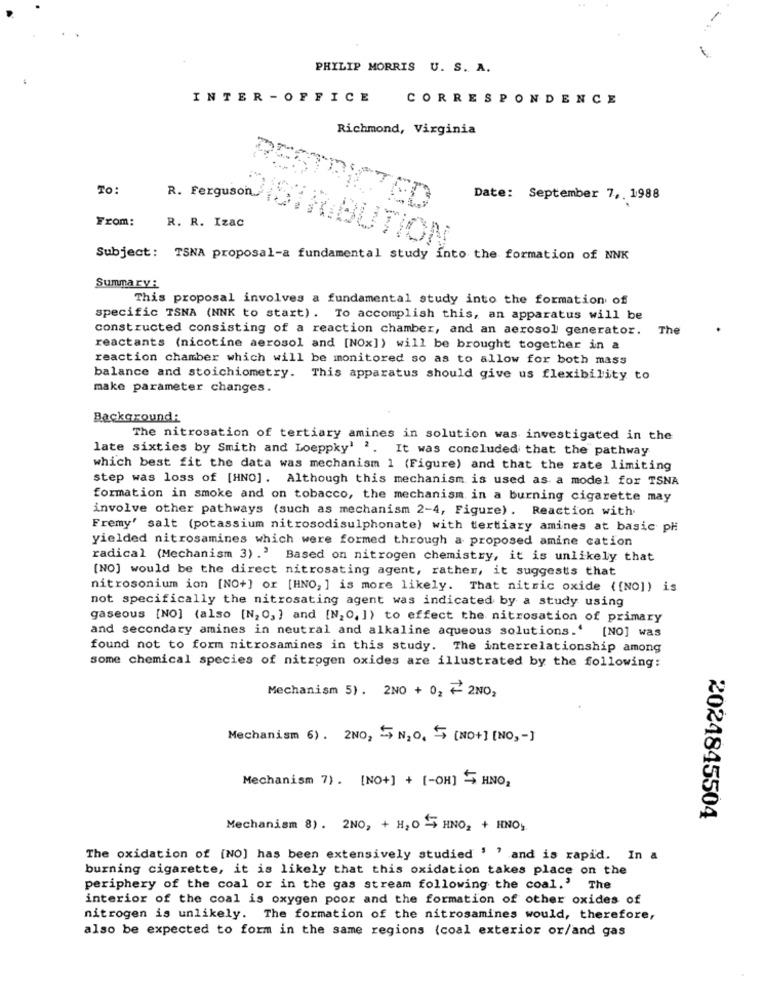
PHILIP MORRIS U. S. A.
INTER -OFFICE
CORRESPONDENCE
Richmond, Virginia
To:
Date: September 7 ,. 1988
RESTRICTED
From:
R. R. Izac
R. ferguson STRIBUTION
Subject: TSNA proposal-a fundamental study into the formation of NNK
Summary:
This proposal involves a fundamental study into the formation of
specific TSNA (NNK to start). To accomplish this, an apparatus will be
constructed consisting of a reaction chamber, and an aerosol generator. The
reactants (nicotine aerosol and [NOx]) will be brought together in a
reaction chamber which will be monitored so as to allow for both mass
balance and stoichiometry. This apparatus should give us flexibility to
make parameter changes.
Background:
The nitrosation of tertiary amines in solution was investigated in the
late sixties by Smith and Loeppky' 2. It was concluded that the pathway
which best fit the data was mechanism 1 (Figure) and that the rate limiting
step was loss of [HNO]. Although this mechanism is used as a model for TSNA
formation in smoke and on tobacco, the mechanism in a burning cigarette may
involve other pathways (such as mechanism 2-4, Figure) . Reaction with.
Fremy' salt (potassium nitrosodisulphonate) with tertiary amines at basic ph
yielded nitrosamines which were formed through a proposed amine cation
radical (Mechanism 3).' Based on nitrogen chemistry, it is unlikely that
[NO] would be the direct nitrosating agent, rather, it suggests that
nitrosonium ion [NO+] or [HNO, ] is more likely. That nitric oxide ( [NO]) is
not specifically the nitrosating agent was indicated by a study using
gaseous [NO] (also [N, O, ] and [N,0, ]) to effect the nitrosation of primary
and secondary amines in neutral and alkaline aqueous solutions.' [NO] was
found not to form nitrosamines in this study. The interrelationship among
some chemical species of nitrogen oxides are illustrated by the following:
Mechanism 5) . 2NO + 0, 7 2NO,
Mechanism 6). 2NO2 5 N20, 5 [NO+] [NO, - ]
Mechanism 7) . [NO+] + [-OH] 5 HNO,
2024845504
Mechanism 8) . 2NO, + H, O -5 HNO2 + HNO,
The oxidation of [NO] has been extensively studied ' ' and is rapid. In a
burning cigarette, it is likely that this oxidation takes place on the
periphery of the coal or in the gas stream following the coal.' The
interior of the coal is oxygen poor and the formation of other oxides of
nitrogen is unlikely. The formation of the nitrosamines would, therefore,
also be expected to form in the same regions (coal exterior or/and gas